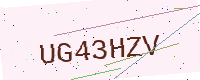
Text: UG43HZV